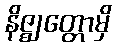
နိဇ္ဈတ္တောမှိ